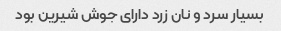
بسیار سرد و نان زرد دارای جوش شیرین بود